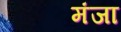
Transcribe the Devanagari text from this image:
मंजा